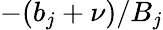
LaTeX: -(b_{j}+\nu)/B_{j}